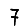
Digit: 7